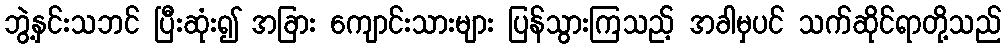
ဘွဲ့နှင်းသဘင် ပြီးဆုံး၍ အခြား ကျောင်းသားများ ပြန်သွားကြသည့် အခါမှပင် သက်ဆိုင်ရာတို့သည်